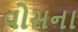
વોસના